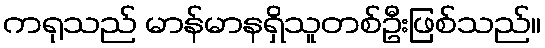
ကရုသည် မာန်မာနရှိသူတစ်ဦးဖြစ်သည်။